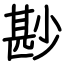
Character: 尠